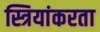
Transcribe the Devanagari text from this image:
स्त्रियांकरता